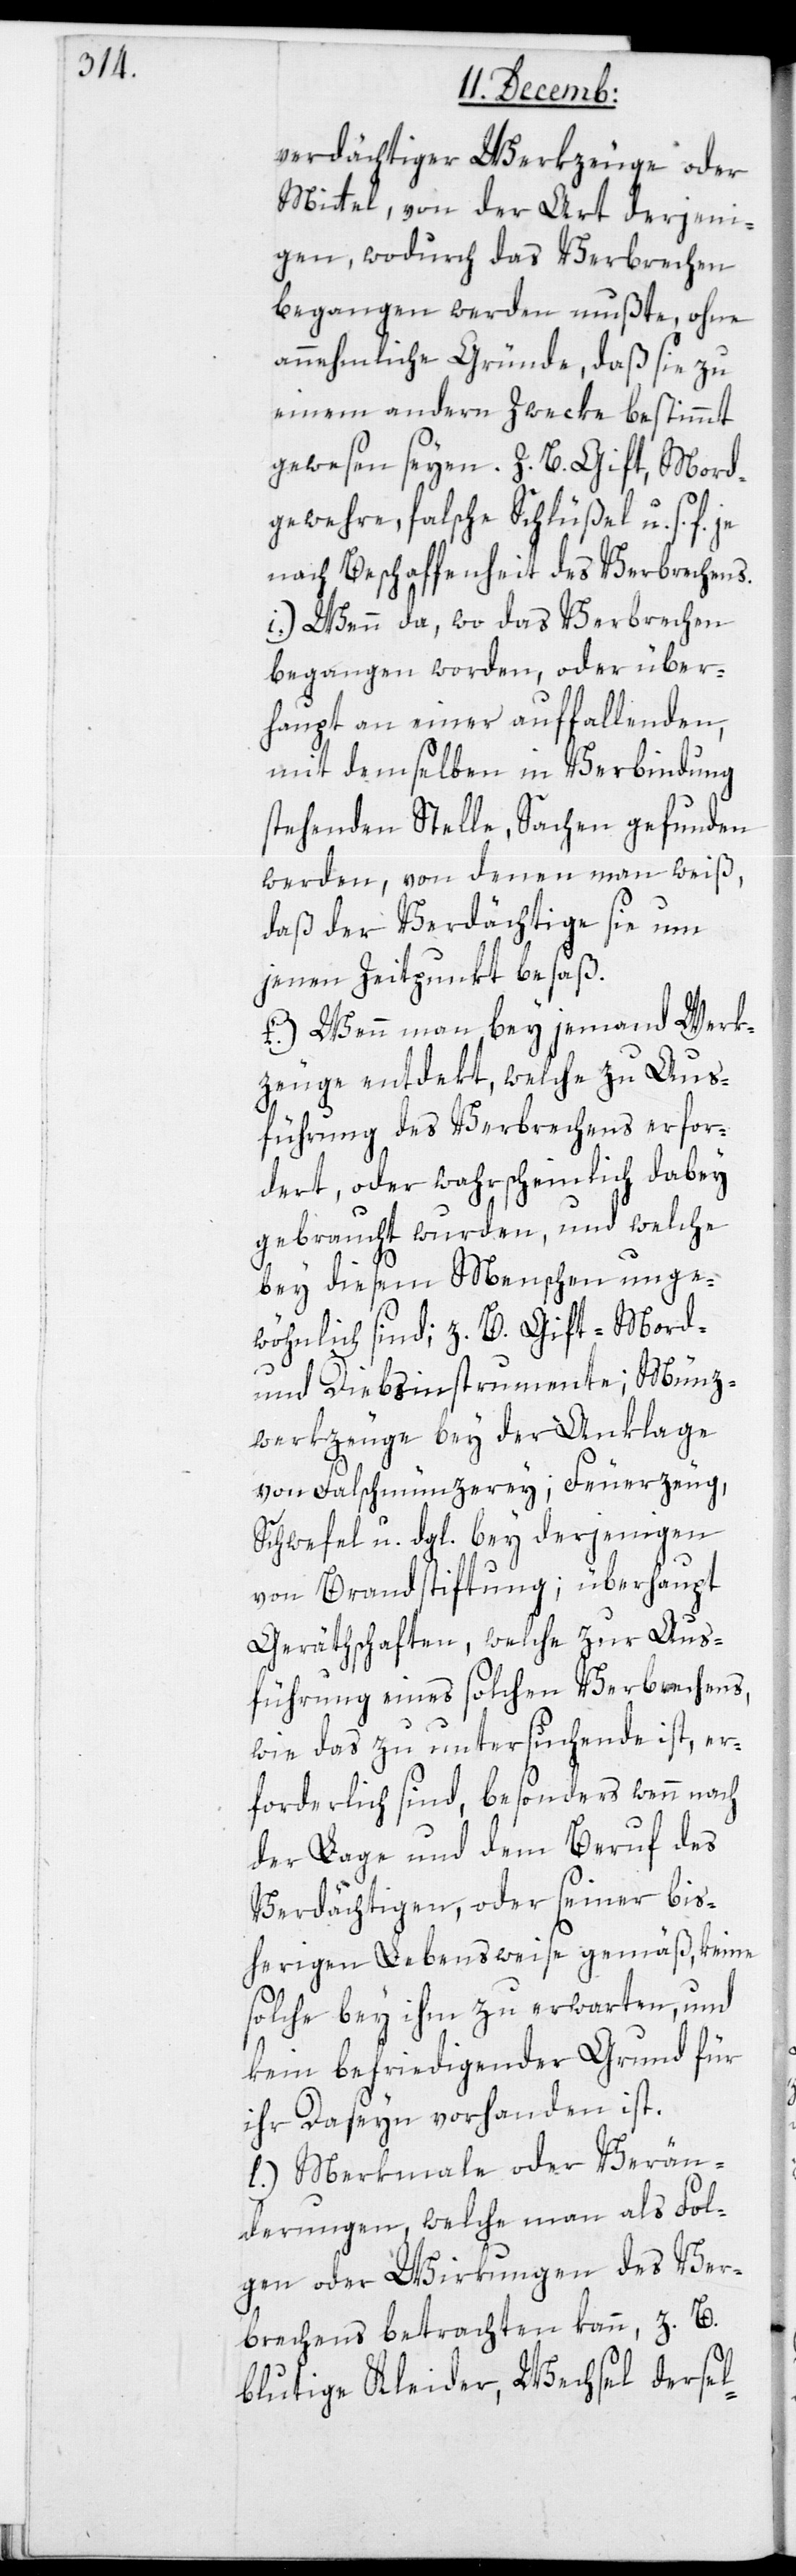
verdächtiger Werkzeuge oder
Mittel, von der Art derjeni¬
gen, wodurch das Verbrechen
begangen werden mußte, ohne
annehmliche Gründe, daß sie zu
einem andern Zweke bestimmt
gewesen seyen. Z. B. Gift, Mord¬
gewehre, falsche Schlüßel u. s. f.,
nach Beschaffenheit des Verbrechens.
i.) Wenn da, wo das Verbrechen
begangen worden, oder über¬
haupt an einer auffallenden,
mit demselben in Verbindung
stehenden Stelle, Sachen gefunden
werden, von denen man weiß,
daß der Verdächtige sie um
jenen Zeitpunkt besaß.
k.) Wenn man bey jemand Werk¬
zeuge entdekt, welche zu Aus¬
führung des Verbrechens erfor¬
dert oder wahrscheinlich dabey
gebraucht wurden, und welche
bey diesem Menschen unge¬
wöhnlich sind; z. B. Gift-, Mord-
und Diebsinstrumente; Münz¬
werkzeuge bey der Anklage
von Falschmünzerey; Feuerzeug,
Schwefel u. dgl. bey derjenigen
von Brandstiftung; überhaupt
Geräthschaften, welche zur Aus¬
führung eines solchen Verbrechens,
wie das zu untersuchende ist, er¬
forderlich sind, besonders wenn nach
der Lage und dem Beruf des
Verdächtigen oder seiner bis¬
herigen Lebensweise gemäß, keine
solche bey ihm zu erwarten, und
kein befriedigender Grund für
ihr Daseyn vorhanden ist.
l.) Merkmale oder Verän¬
derungen, welche man als Fol¬
gen oder Wirkungen des Ver¬
brechens betrachten kann, z. B.
blutige Kleider, Wechsel dersel-